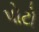
પોટો